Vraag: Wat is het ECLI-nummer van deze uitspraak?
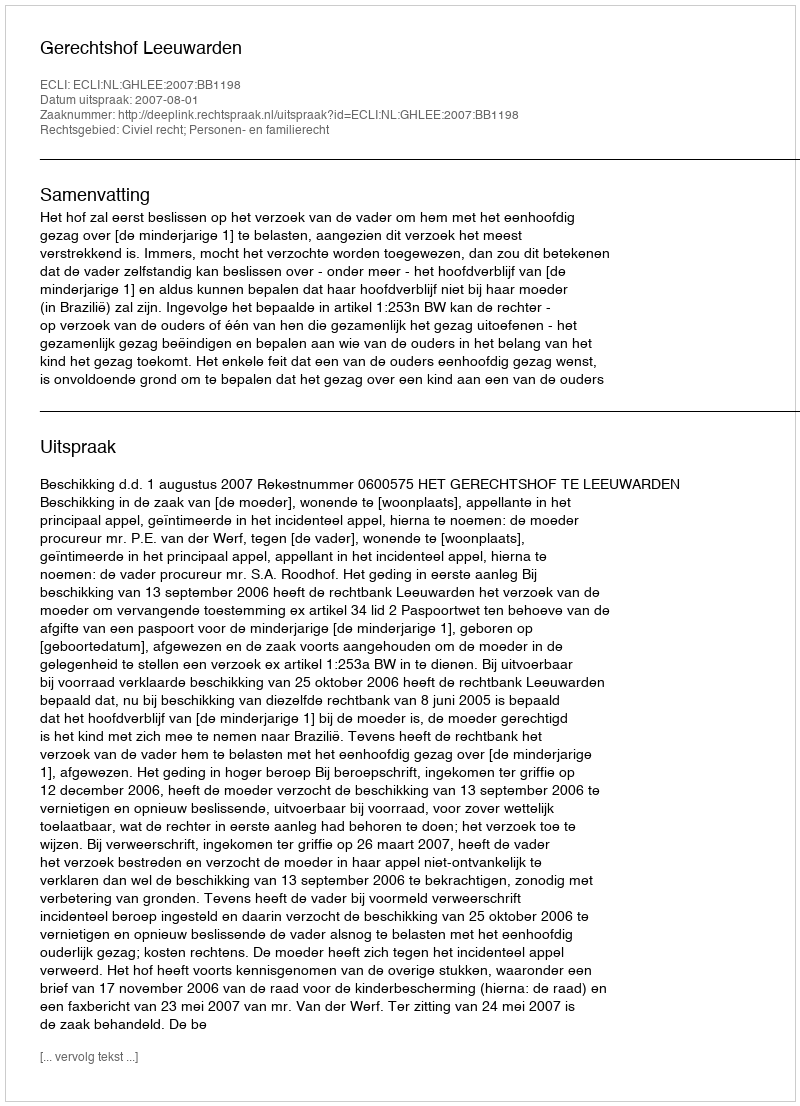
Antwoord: ECLI:NL:GHLEE:2007:BB1198